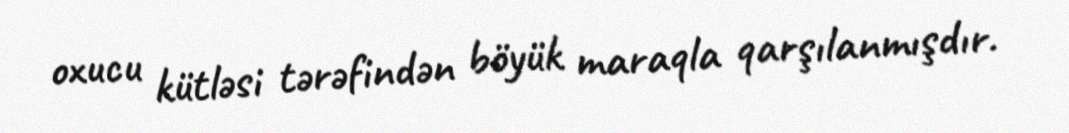
oxucu kütləsi tərəfindən böyük maraqla qarşılanmışdır.